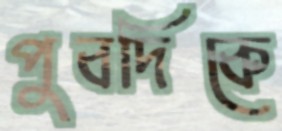
পুবদিকে